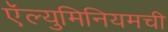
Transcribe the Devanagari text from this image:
ऍल्युमिनियमची